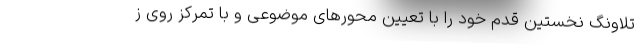
تلاونگ نخستین قدم خود را با تعیین محورهای موضوعی و با تمرکز روی ز